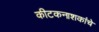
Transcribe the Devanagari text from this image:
कीटकनाशकांचे